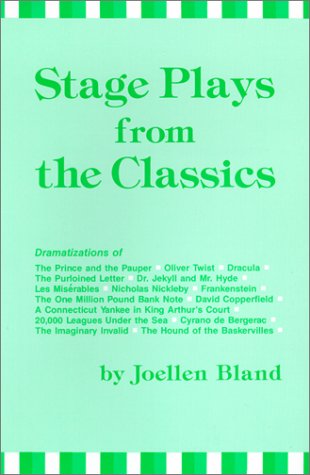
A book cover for Stage Plays from the Classics: One-Act Adaptations from Famous Short Stories, Novels, and Plays; Joellen Bland; Teen & Young Adult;